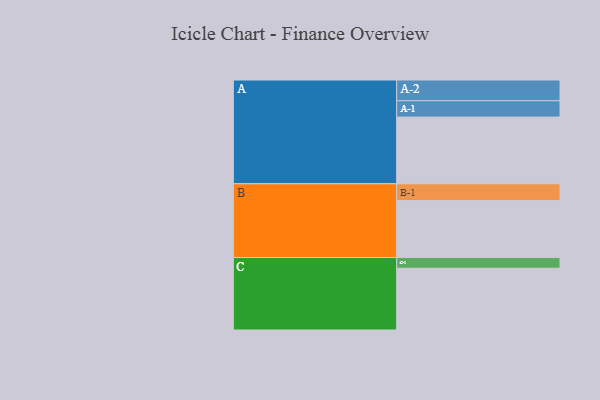
{"axis": {"x": "Segment", "y": "Value"}, "legend": ["", "A", "B", "C"], "data": [{"x": "A", "y": 579, "type": ""}, {"x": "B", "y": 494, "type": ""}, {"x": "C", "y": 536, "type": ""}, {"x": "A-1", "y": 142, "type": "A"}, {"x": "A-2", "y": 180, "type": "A"}, {"x": "B-1", "y": 146, "type": "B"}, {"x": "C-1", "y": 93, "type": "C"}]}